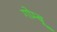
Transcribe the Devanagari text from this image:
गोम्बू